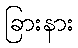
ခြားနား